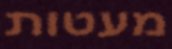
מעטות